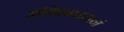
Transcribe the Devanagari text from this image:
अधिकारानं